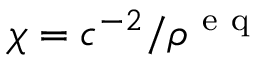
\chi = c ^ { - 2 } / \rho ^ { \mathrm { ~ e ~ q ~ } }